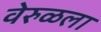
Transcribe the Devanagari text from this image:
वेरुळला